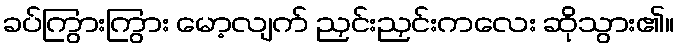
ခပ်ကြွားကြွား မော့လျက် ညှင်းညှင်းကလေး ဆိုသွား၏။